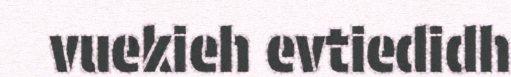
vuekieh evtiedidh